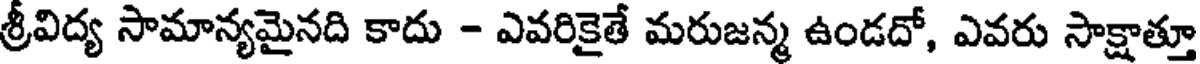
శ్రీవిద్య సామాన్యమైనది కాదు - ఎవరికైతే మరుజన్మ ఉండదో, ఎవరు సాక్షాత్తూ